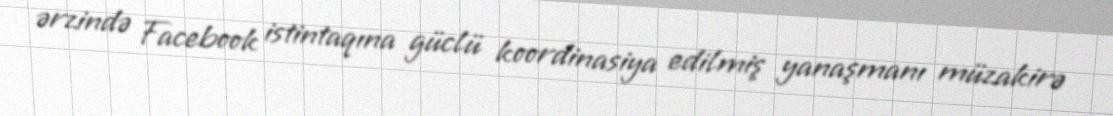
ərzində Facebook istintaqına güclü koordinasiya edilmiş yanaşmanı müzakirə